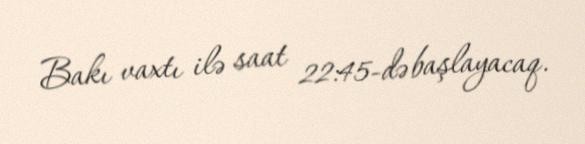
Bakı vaxtı ilə saat 22:45-də başlayacaq.